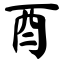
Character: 酉